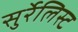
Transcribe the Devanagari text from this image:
सुर्रेलिस्ट